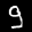
Label: 9